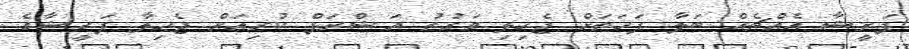
ފަރީޝާ އެއްޗެއް ބަލާ ފަހަތަށް ޖެހިލި ވަގުތު އަޝްރަފް ކުރިއަށް ޖެހިލާ ފަރީޝާގެ